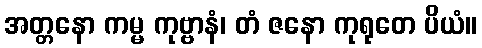
အတ္တနော ကမ္မ ကုဗ္ဗာနံ၊ တံ ဇနော ကုရုတေ ပိယံ။